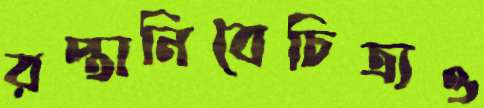
রপ্তানিবৈচিত্র্যও